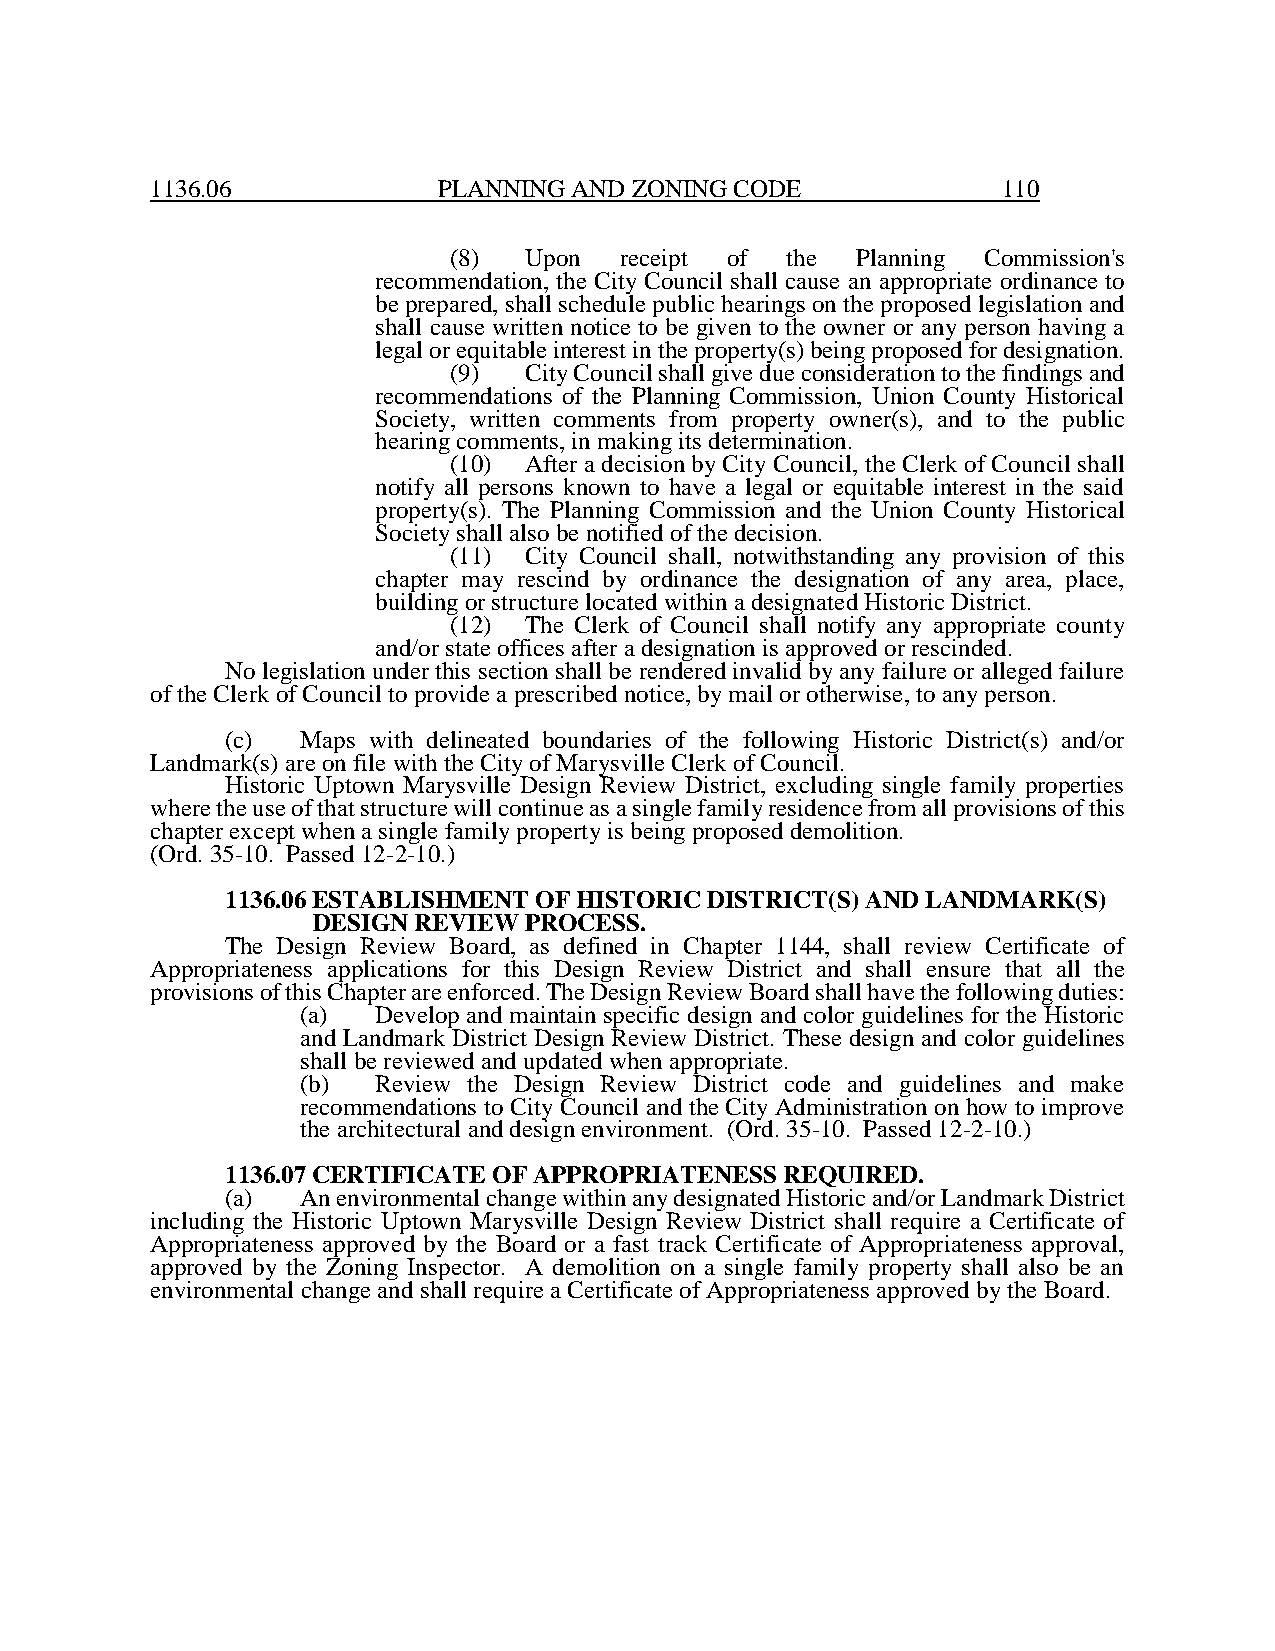
1136.06            PLANNING AND ZONING CODE             110
 (8)  Upon  receipt of the  Planning Commission's
 recommendation, the City Council shall cause an appropriate ordinance to
 be prepared, shall schedule public hearings on the proposed legislation and
 shall cause written notice to be given to the owner or any person having a
 legal or equitable interest in the property(s) being proposed for designation.
 (9)  City Council shall give due consideration to the findings and
 recommendations of the Planning Commission, Union County Historical
 Society, written comments from property owner(s), and to the public
 hearing comments, in making its determination.
 (10) After a decision by City Council, the Clerk of Council shall
 notify all persons known to have a legal or equitable interest in the said
 property(s). The Planning Commission and the Union County Historical
 Society shall also be notified of the decision.
 (11) City Council shall, notwithstanding any provision of this
 chapter may rescind by ordinance the designation of any area, place,
 building or structure located within a designated Historic District.
 (12) The Clerk of Council shall notify any appropriate county
 and/or state offices after a designation is approved or rescinded.
 No legislation under this section shall be rendered invalid by any failure or alleged failure
 of the Clerk of Council to provide a prescribed notice, by mail or otherwise, to any person.
 (c)  Maps with delineated boundaries of the following Historic District(s) and/or
 Landmark(s) are on file with the City of Marysville Clerk of Council.
 Historic Uptown Marysville Design Review District, excluding single family properties
 where the use of that structure will continue as a single family residence from all provisions of this
 chapter except when a single family property is being proposed demolition.
 (Ord. 35-10. Passed 12-2-10.)
 1136.06 ESTABLISHMENT OF HISTORIC DISTRICT(S) AND LANDMARK(S)
 DESIGN REVIEW PROCESS.
 The Design Review Board, as defined in Chapter 1144, shall review Certificate of
 Appropriateness applications for this Design Review District and shall ensure that all the
 provisions of this Chapter are enforced. The Design Review Board shall have the following duties:
 (a)  Develop and maintain specific design and color guidelines for the Historic
 and Landmark District Design Review District. These design and color guidelines
 shall be reviewed and updated when appropriate.
 (b)  Review the Design Review District code and guidelines and make
 recommendations to City Council and the City Administration on how to improve
 the architectural and design environment. (Ord. 35-10. Passed 12-2-10.)
 1136.07 CERTIFICATE OF APPROPRIATENESS REQUIRED.
 (a)  An environmental change within any designated Historic and/or Landmark District
 including the Historic Uptown Marysville Design Review District shall require a Certificate of
 Appropriateness approved by the Board or a fast track Certificate of Appropriateness approval,
 approved by the Zoning Inspector. A demolition on a single family property shall also be an
 environmental change and shall require a Certificate of Appropriateness approved by the Board.